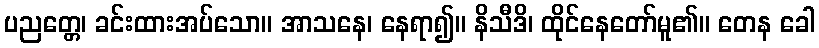
ပညတ္တေ၊ ခင်းထားအပ်သော။ အာသနေ၊ နေရာ၍။ နိသီဒိ၊ ထိုင်နေတော်မူ၏။ တေန ခေါ